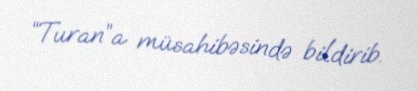
“Turan”a müsahibəsində bildirib.